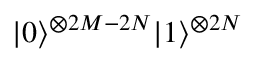
| 0 \rangle ^ { \otimes 2 M - 2 N } | 1 \rangle ^ { \otimes 2 N }